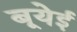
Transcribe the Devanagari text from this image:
बूयेई